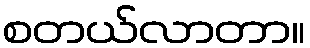
စတယ်လာတာ။